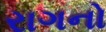
રાગનો